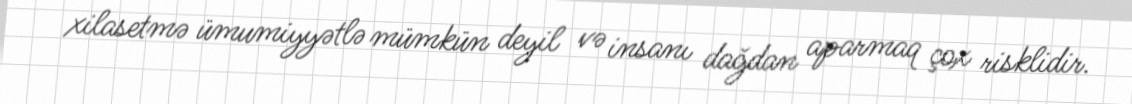
xilasetmə ümumiyyətlə mümkün deyil və insanı dağdan aparmaq çox risklidir.